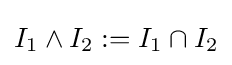
I_{1}\wedge I_{2}:=I_{1}\cap I_{2}